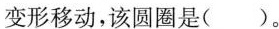
变形移动，该圆圈是( )。